FBI Photo B8
Agency: FBI
Incident date: Late 2025
Incident location: Western United States
Page 1
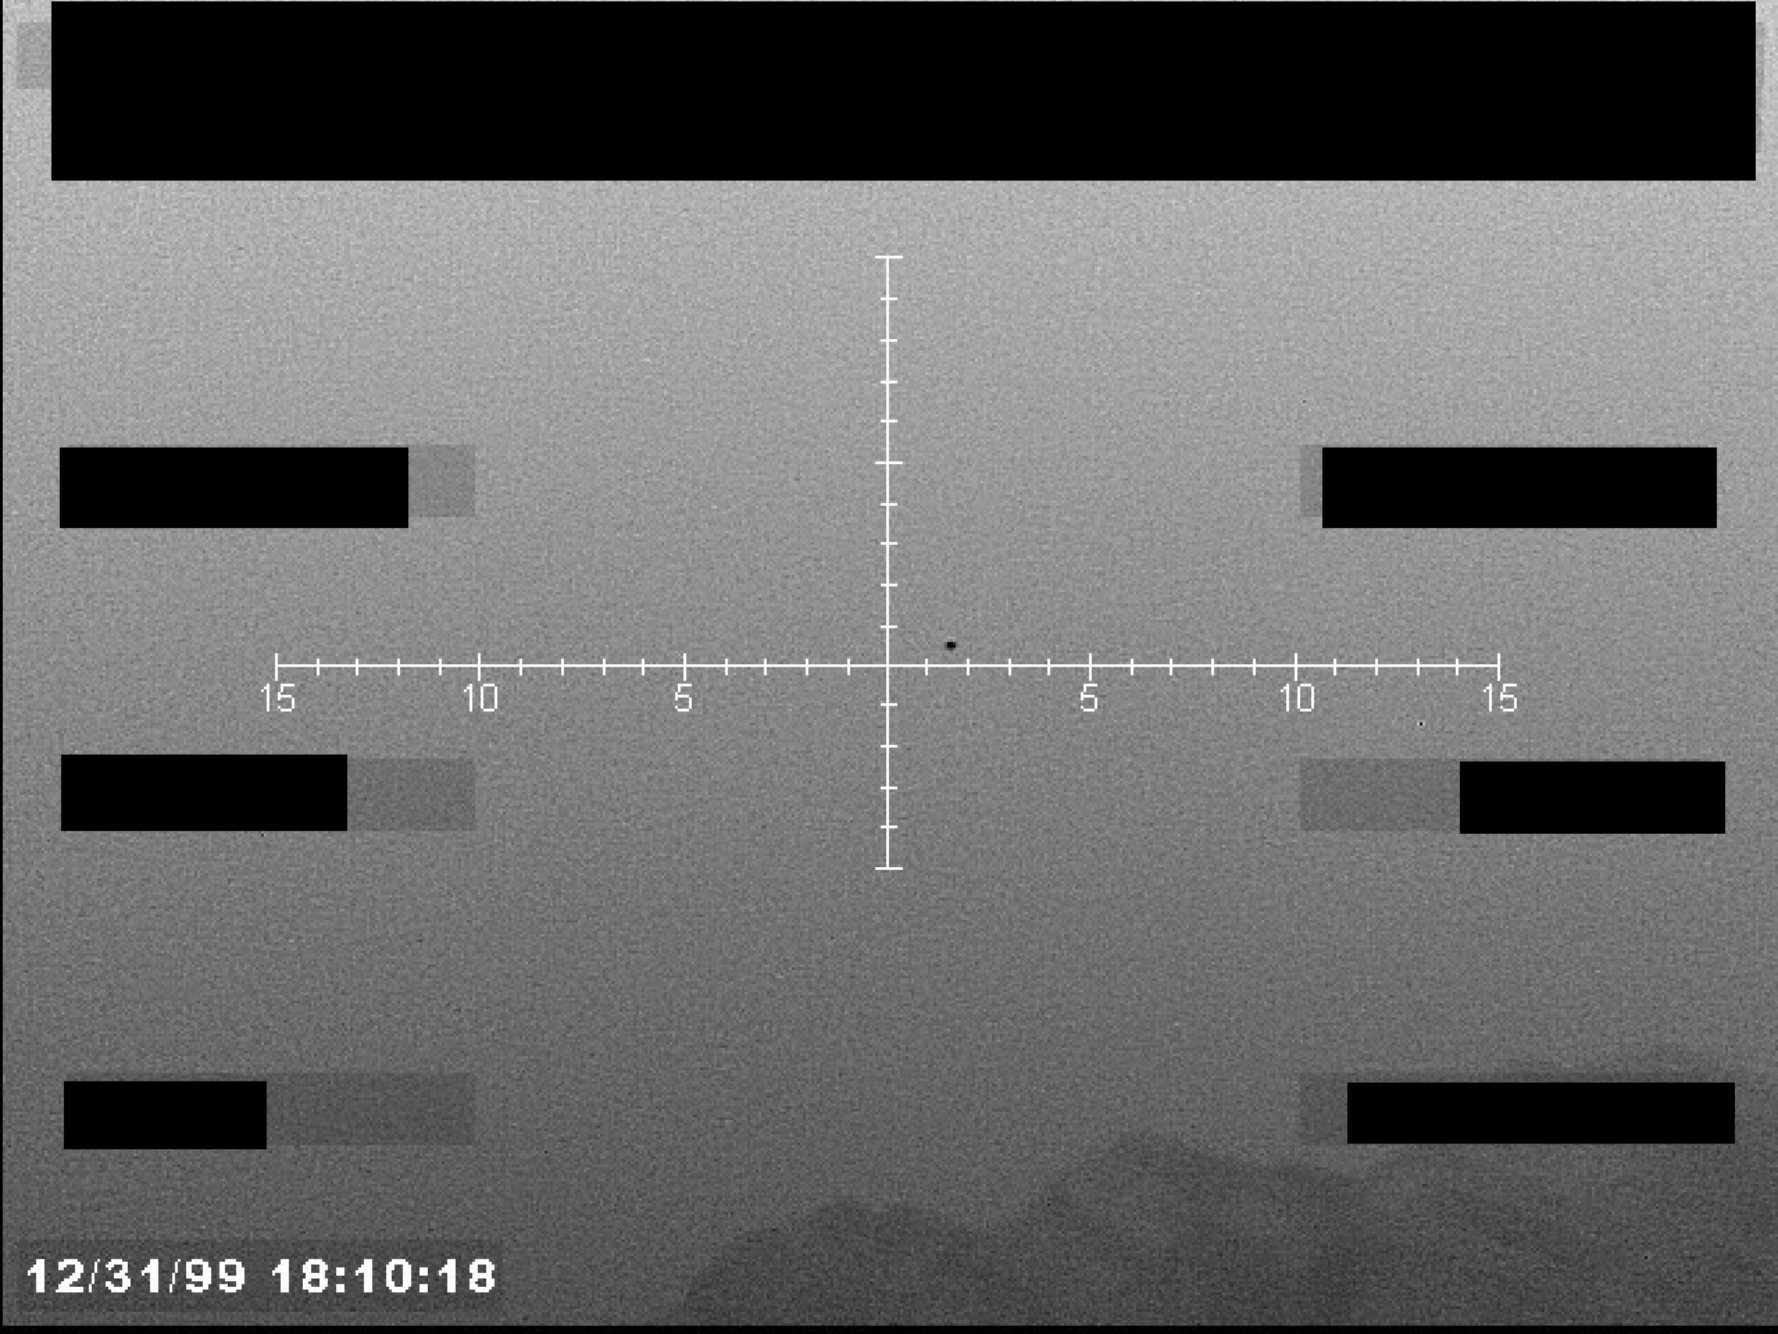